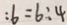
: 6 = 6 : 4